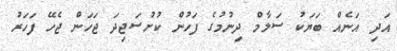
އަދި އަނެއް ބަޔަކު ސަލާމް ދިނުމުގެ ފަހުން ކުށުސަޖިދަ ޖަހަން ޖެހޭ ފަހަރު